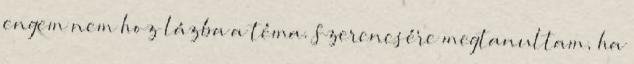
engem nem hoz lázba a téma. Szerencsére megtanultam, ha